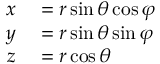
\begin{array} { r l } { x } & { { } = r \sin \theta \cos \varphi } \\ { y } & { { } = r \sin \theta \sin \varphi } \\ { z } & { { } = r \cos \theta } \end{array}